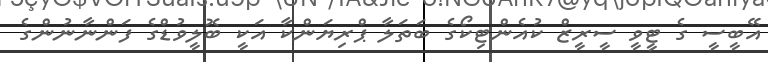
އޭބީސީ ގެ ޓީވީ ސީރީޒް ކުއެންޓިކޯގެ ބަތަލާ ޕްރިޔަންކާ އަކީ ބޮލީވުޑްގެ ފަންނާނުންގެ